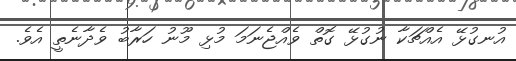
އުނގުޅޭ އެއްޗަކާ ނުގުޅޭ ގޮތް ވެއްޖެނަމަ މުޅި މޫނު ހަރާބު ވެދާނެތީ އެވެ.